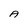
Character: A